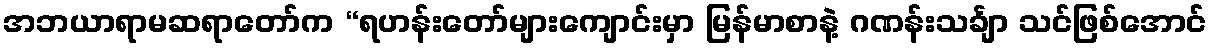
အဘယာရာမဆရာတော်က “ရဟန်းတော်များကျောင်းမှာ မြန်မာစာနဲ့ ဂဏန်းသင်္ချာ သင်ဖြစ်အောင်